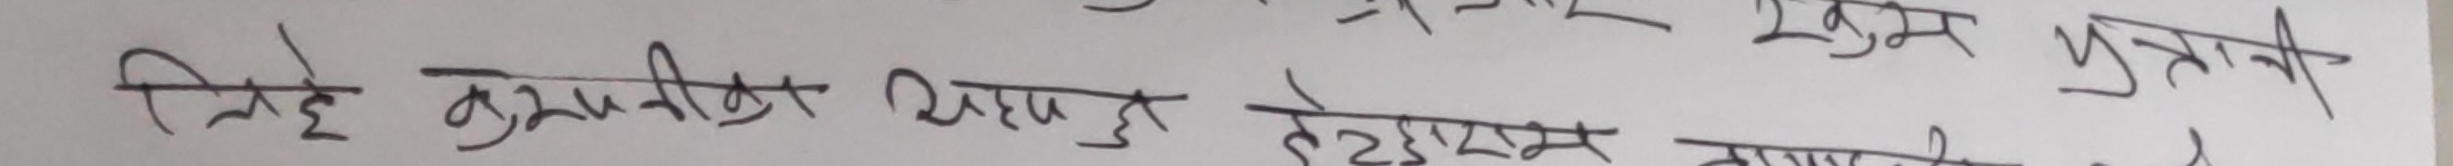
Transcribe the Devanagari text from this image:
लिहे कम्पनिबाट पेश हुनु